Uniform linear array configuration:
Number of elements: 64
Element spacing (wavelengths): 0.5
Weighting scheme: hamming
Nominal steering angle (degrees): -15
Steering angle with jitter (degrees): -15.957
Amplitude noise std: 0.05
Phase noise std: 0.05

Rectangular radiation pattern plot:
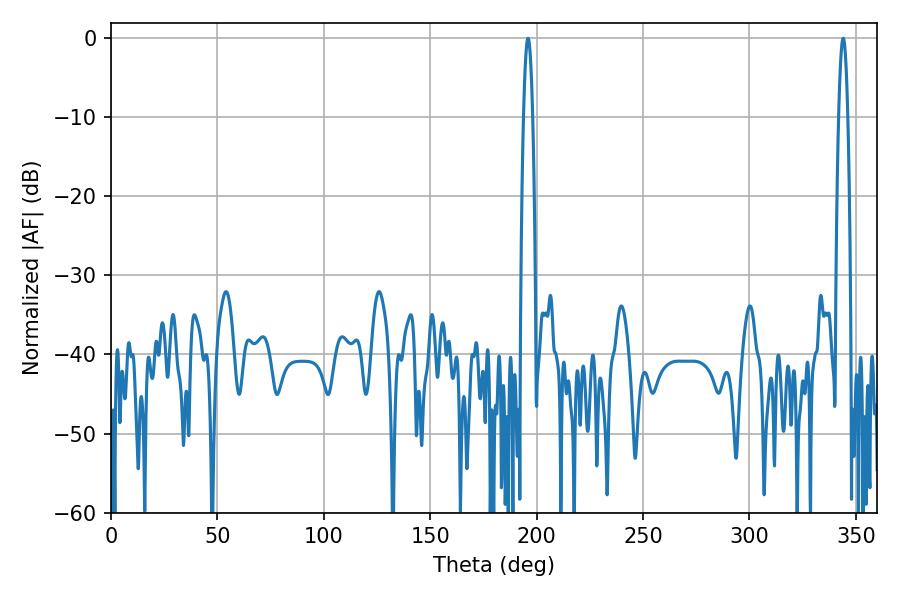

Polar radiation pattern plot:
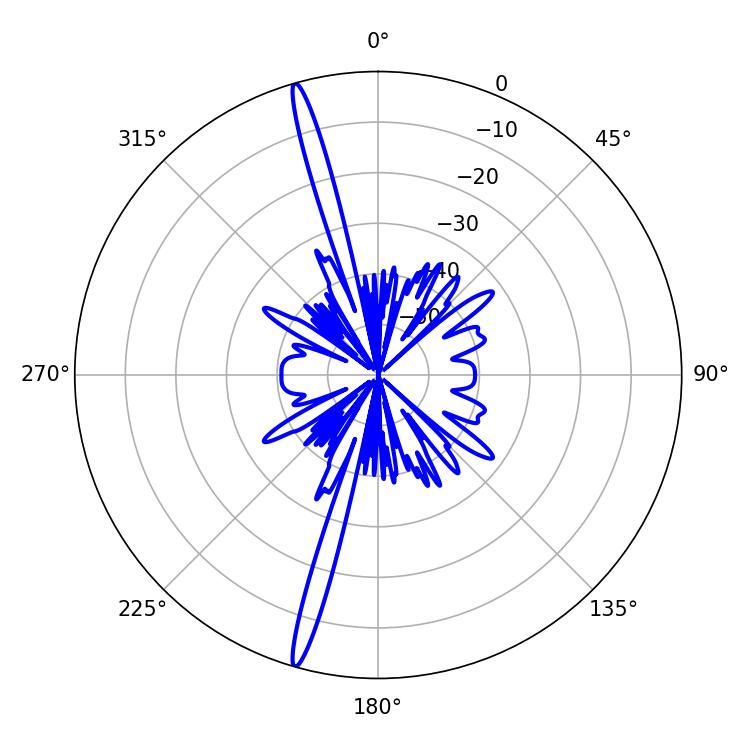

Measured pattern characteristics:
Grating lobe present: FALSE
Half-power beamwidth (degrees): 2.34
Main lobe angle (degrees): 343.98